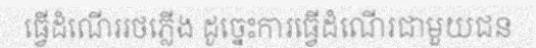
ធ្វើដំណើររថភ្លើង ដូច្នេះការធ្វើដំណើរជាមួយជន